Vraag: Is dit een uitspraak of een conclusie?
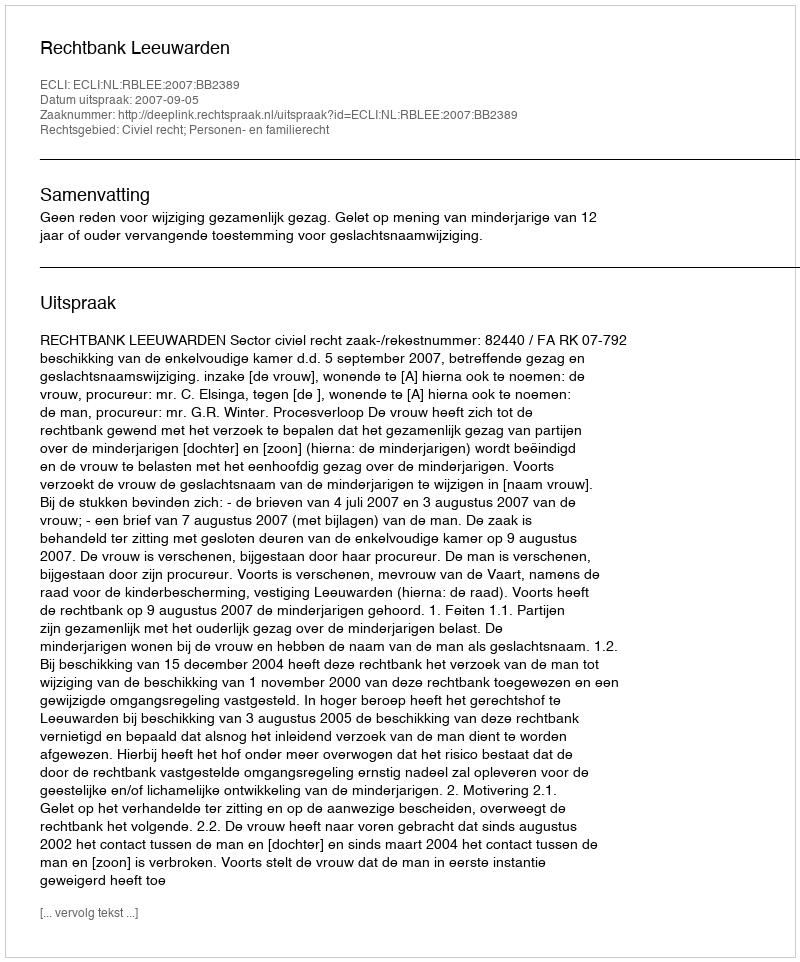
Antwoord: Uitspraak